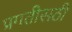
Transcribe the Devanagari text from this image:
प्रगतीसठी